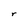
Character: r